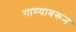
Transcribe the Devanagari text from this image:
गाण्यावरून